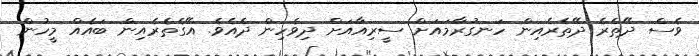
ވެސް ދޭތެރެ ދޭތެރެއިން ހަނގުރާމައަށް ސީރިއާއަށް ދިވެހިން ދެއެވެ. އޭގެތެރެއިން ބައެއް މީހުން